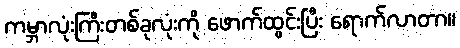
ကမ္ဘာလုံးကြီးတစ်ခုလုံးကို ဖောက်ထွင်းပြီး ရောက်လာတာ။